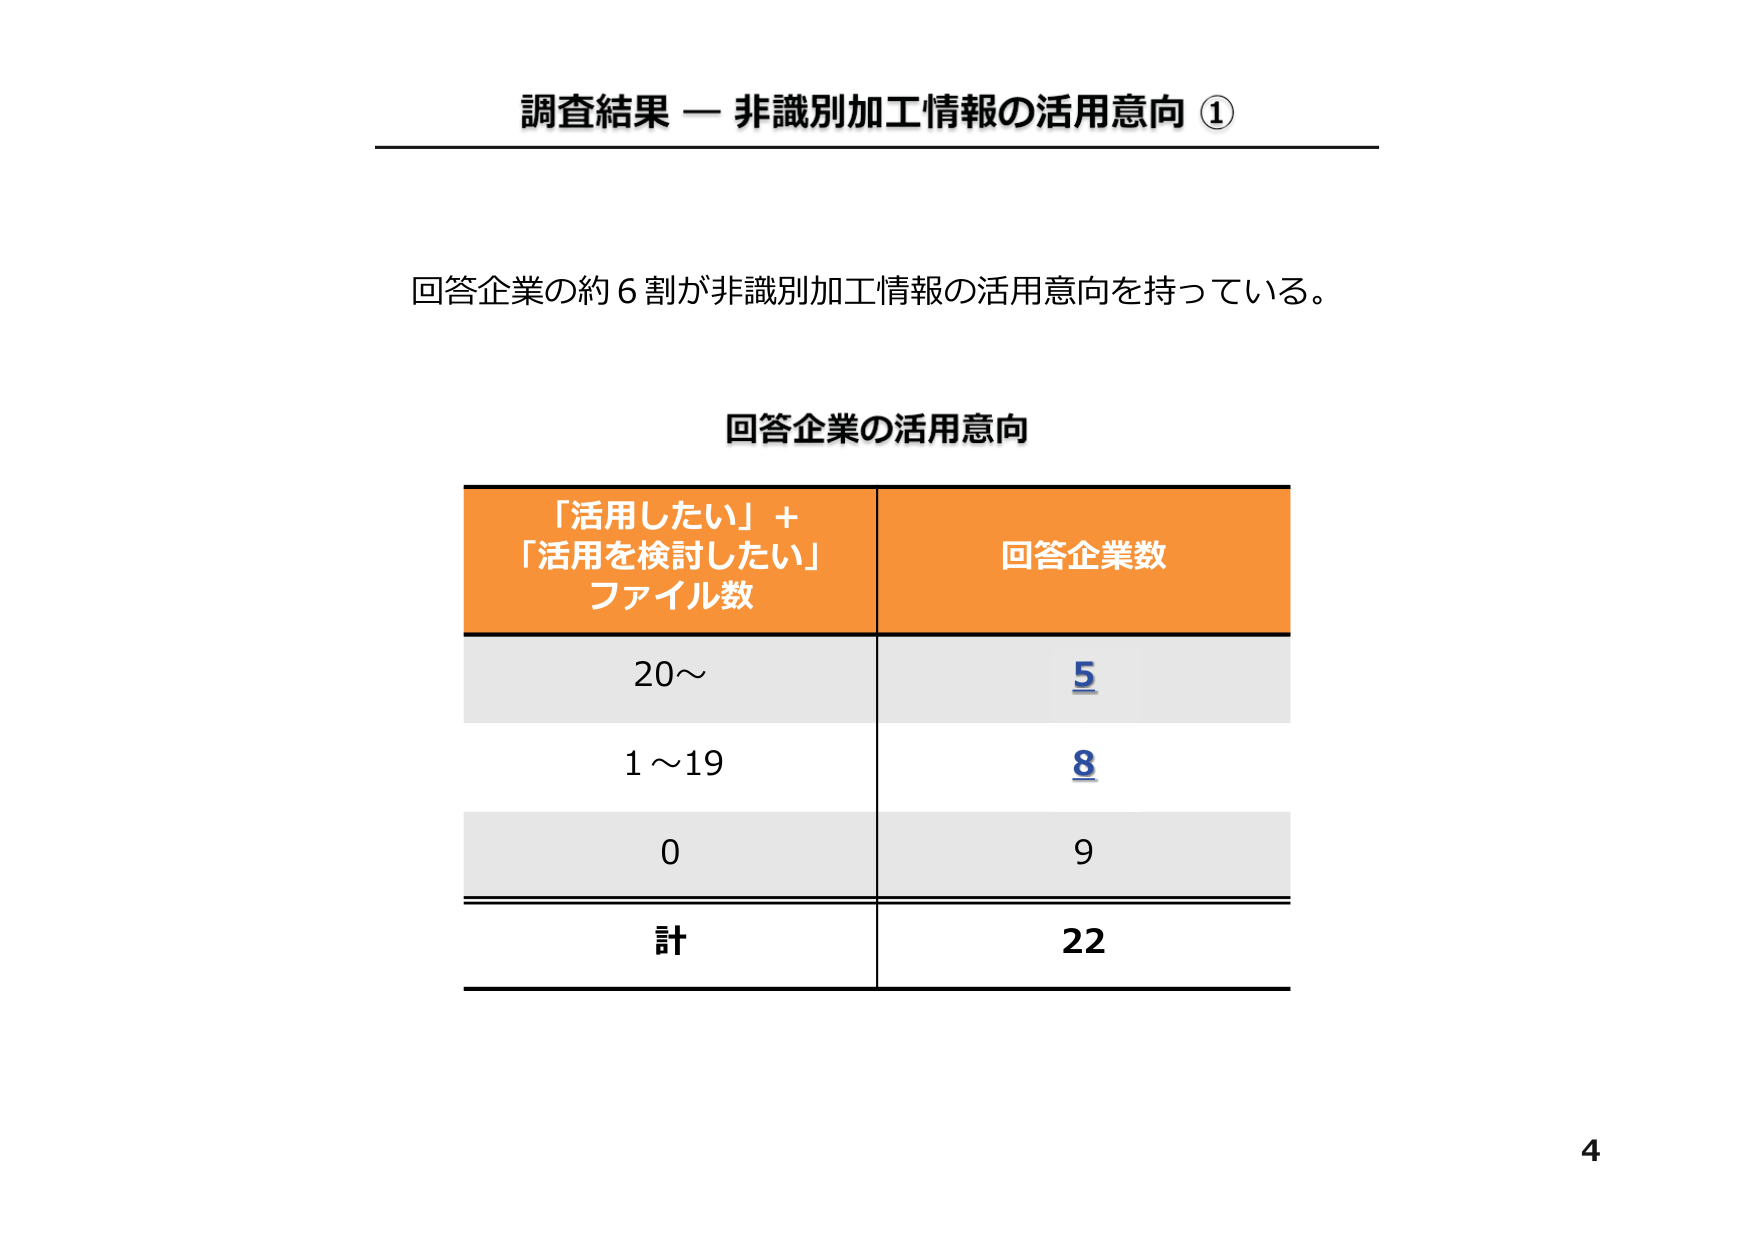
調査結果 — 非識別加工情報の活用意向 ①

回答企業の約６割が非識別加工情報の活用意向を持っている。

回答企業の活用意向

「活用したい」＋
「活用を検討したい」
ファイル数

回答企業数

20～

5

1～19

8

0

9

計

22

4